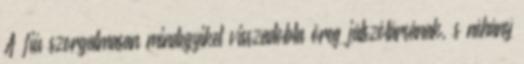
A fiú szorgalmasan mindegyiket visszadobta öreg játszótársának, s néhány